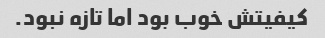
کیفیتش خوب بود اما تازه نبود.